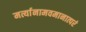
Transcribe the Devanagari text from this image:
मर्त्यानामवमानात्परं